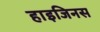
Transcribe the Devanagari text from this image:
हाइजिनस